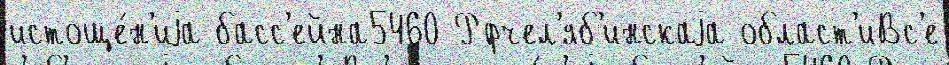
истоще́н'иjа басс'ейна5460 Рфчел'яб'инскаjа област'иВс'е